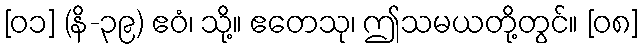
[၀၁] (နိ-၃၉) ဧဝံ၊ သို့။ ဧတေသု၊ ဤသမယတို့တွင်။ [၀၈]